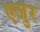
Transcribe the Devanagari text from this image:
एजुर